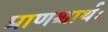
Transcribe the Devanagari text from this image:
प्राणश्चार्थः